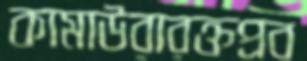
কামাউরারক্তপ্রব